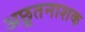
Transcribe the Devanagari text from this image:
अछूतनाशक